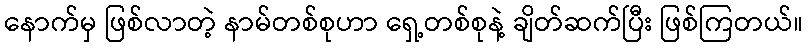
နောက်မှ ဖြစ်လာတဲ့ နာမ်တစ်စုဟာ ရှေ့တစ်စုနဲ့ ချိတ်ဆက်ပြီး ဖြစ်ကြတယ်။